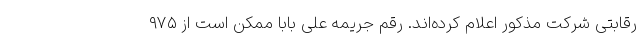
رقابتی شرکت مذکور اعلام کرده‌اند. رقم جریمه علی بابا ممکن است از ۹۷۵